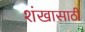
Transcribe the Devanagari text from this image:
शंखासाठी